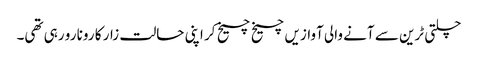
چلتی ٹرین سے آنے والی آوازیں چیخ چیخ کر اپنی حالت زار کا رونا رو رہی تھی۔